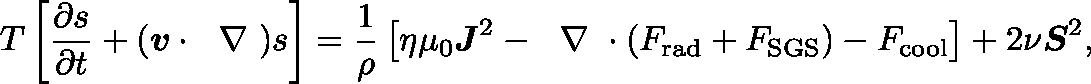
T \left[ \frac { \partial s } { \partial t } + ( \boldsymbol { v } \cdot \mathrm { ~ \boldmath ~ \nabla ~ } ) s \right] = \frac { 1 } { \rho } \left[ \eta \mu _ { 0 } \boldsymbol { J } ^ { 2 } - \mathrm { ~ \boldmath ~ \nabla ~ } \cdot ( F _ { \mathrm { r a d } } + F _ { \mathrm { S G S } } ) - F _ { \mathrm { c o o l } } \right] + 2 \nu \boldsymbol { S } ^ { 2 } ,